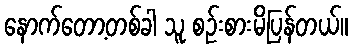
နောက်တော့တစ်ခါ သူ စဉ်းစားမိပြန်တယ်။